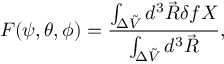
F ( \psi , \theta , \phi ) = \frac { \int _ { \Delta \Tilde { V } } d ^ { 3 } \Vec { R } \delta f X } { \int _ { \Delta \Tilde { V } } d ^ { 3 } \Vec { R } } ,